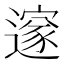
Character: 𮟏